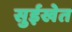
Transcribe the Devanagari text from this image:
सुईखेत